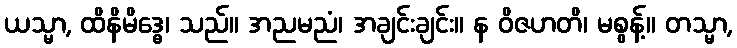
ယသ္မာ, ထိနိမိဒ္ဓေ၊ သည်။ အညမညံ၊ အချင်းချင်း။ န ဝိဇဟတိ၊ မစွန့်။ တသ္မာ,